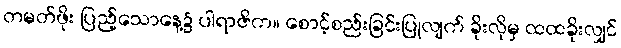
တမတ်ဖိုး ပြည့်သောနေ့၌ ပါရာဇိက။ စောင့်စည်းခြင်းပြုလျက် ခိုးလိုမှ ထထခိုးလျှင်